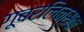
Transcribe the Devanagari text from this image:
गूबरलिन्स्क